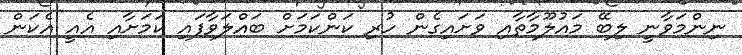
ނިންމަވާނީ ލިބޭ މައުލޫމާތާއި ވަށައިގެން ހުރި ކަންކަމަށް ބައްލަވާފައި ކަމަށާއި އެއީ އެކަން